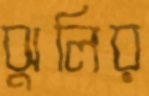
ঝুলির